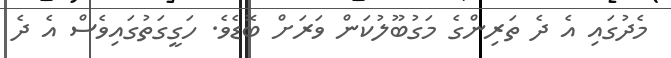
މެދުގައި އެ ދެ ތަރިންްގެ މަގުބޫލުކަން ވަރަށް ބޮޑެވެ. ހަގީގަތުގައިވެސް އެ ދެ